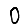
Digit: 0